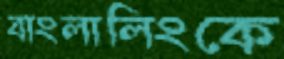
বাংলালিংকে